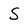
Character: s